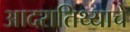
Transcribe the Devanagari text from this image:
आदरातिथ्याचे